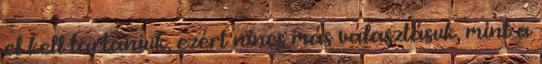
el kell tartaniuk, ezért nincs más választásuk, mint a